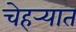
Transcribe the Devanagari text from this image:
चेहर्‍यात